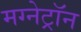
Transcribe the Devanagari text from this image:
मग्नेट्रॉन